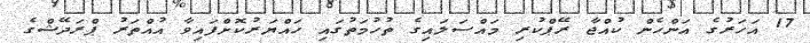
17 އަހަރުގެ އަންހެން ކުއްޖާ ރޭޕްކުރި މައްސަލައިގެ ތުހުމަތުގައި ހައްޔަރުކޮށްފައިވާ އުއްތަރު ޕްރަދޭޝްގެ